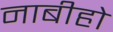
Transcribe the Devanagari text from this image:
नाबीहो